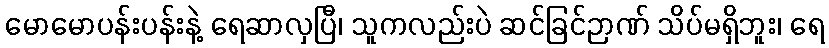
မောမောပန်းပန်းနဲ့ ရေဆာလှပြီ၊ သူကလည်းပဲ ဆင်ခြင်ဉာဏ် သိပ်မရှိဘူး၊ ရေ